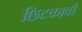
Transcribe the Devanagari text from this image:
छिटकावाँ